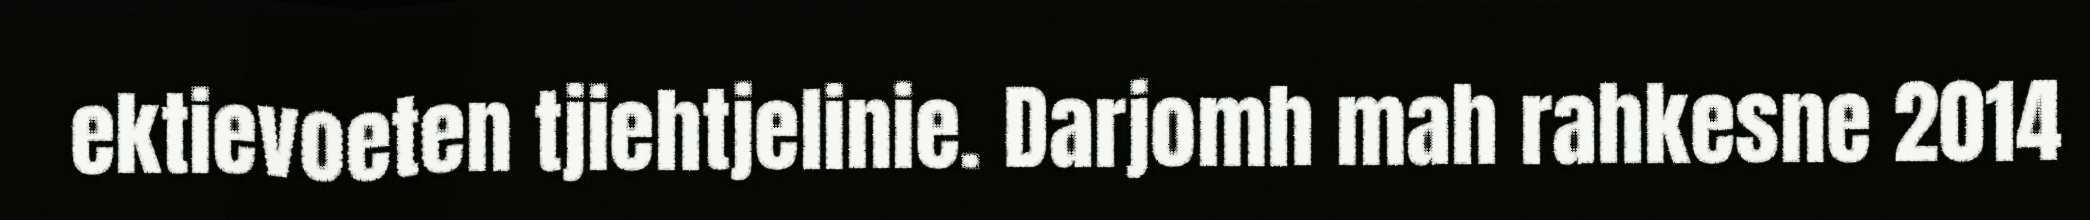
ektievoeten tjiehtjelinie. Darjomh mah rahkesne 2014